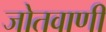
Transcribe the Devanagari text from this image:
जोतवाणी